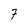
Character: 7